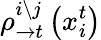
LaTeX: \rho_{\rightarrow t}^{i\setminus j}\left(x_{i}^{t}\right)